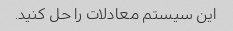
این سیستم معادلات را حل کنید.